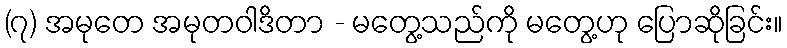
(၇) အမုတေ အမုတဝါဒိတာ - မတွေ့သည်ကို မတွေ့ဟု ပြောဆိုခြင်း။